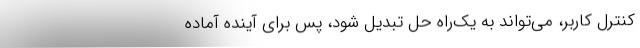
کنترل کاربر، می‌تواند به یک‌راه حل تبدیل شود، پس برای آینده آماده